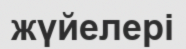
жүйелері